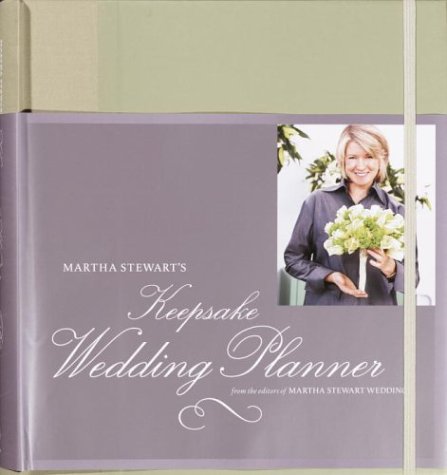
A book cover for Martha Stewart's Keepsake Wedding Planner; Martha Stewart Living Magazine; Crafts, Hobbies & Home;